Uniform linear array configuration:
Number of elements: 32
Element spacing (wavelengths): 0.5
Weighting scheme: blackman
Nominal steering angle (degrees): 45
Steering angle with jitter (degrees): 44.721
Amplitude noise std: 0.05
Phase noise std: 0.05

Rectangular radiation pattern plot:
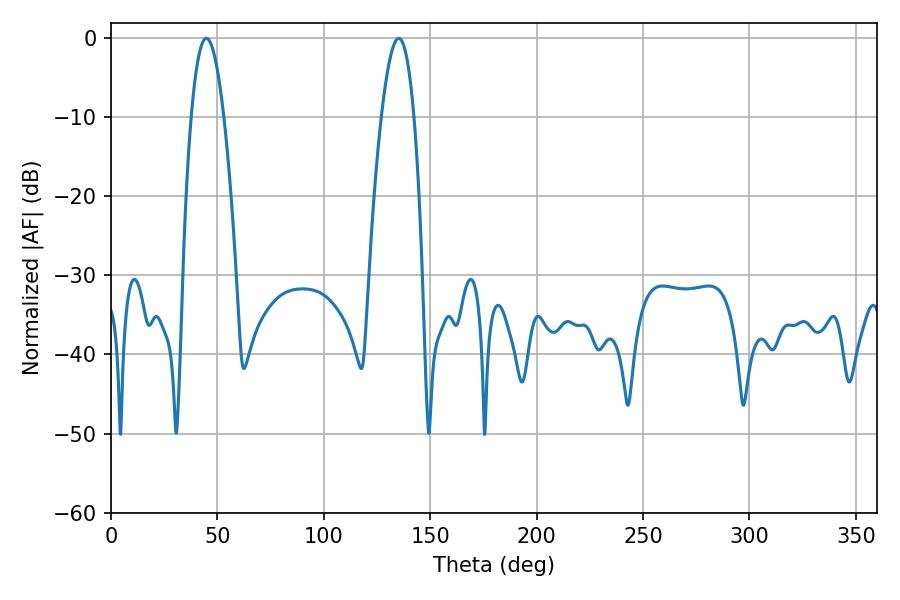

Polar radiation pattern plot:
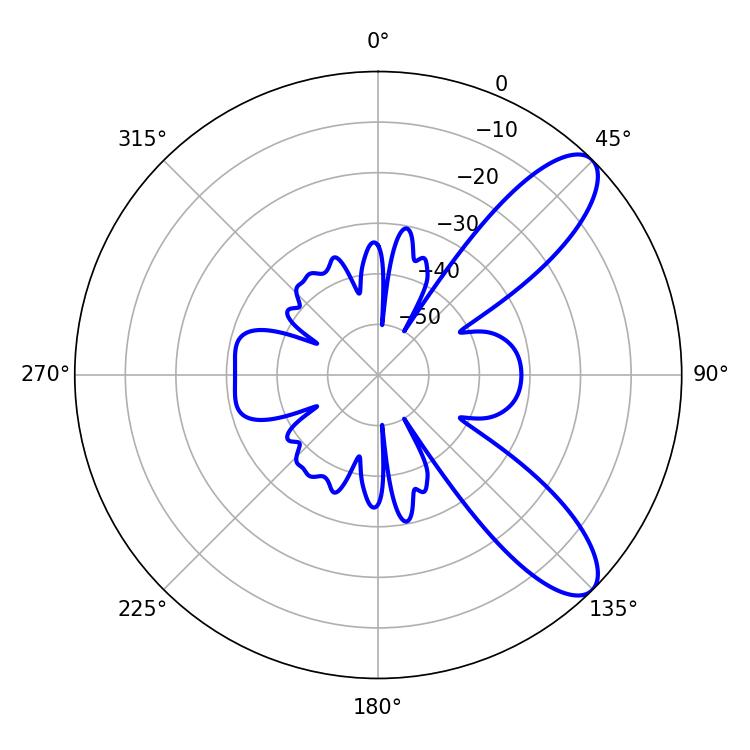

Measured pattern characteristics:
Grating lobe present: FALSE
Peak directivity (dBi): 9.518
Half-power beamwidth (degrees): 8.46
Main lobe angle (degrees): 44.82